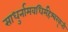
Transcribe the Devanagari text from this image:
साधुर्नामवधिर्महेश्‍वरकृती